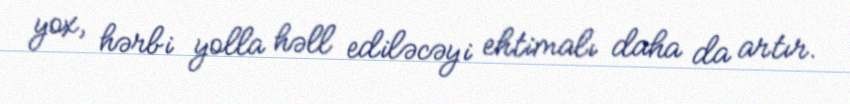
yox, hərbi yolla həll ediləcəyi ehtimalı daha da artır.